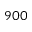
9 0 0